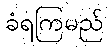
ခံရကြမည်